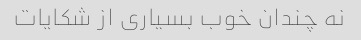
نه چندان خوب بسیاری از شکایات